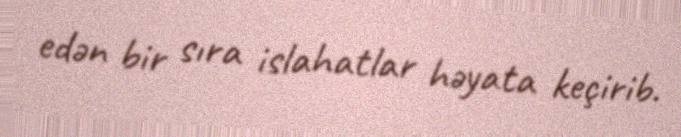
edən bir sıra islahatlar həyata keçirib.